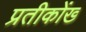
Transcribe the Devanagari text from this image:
प्रतीकोंख्‍